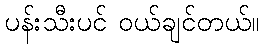
ပန်းသီးပင် ဝယ်ချင်တယ်။